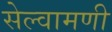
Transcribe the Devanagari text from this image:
सेल्वामणी